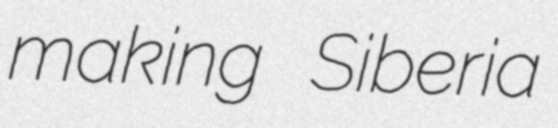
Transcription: making Siberia